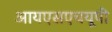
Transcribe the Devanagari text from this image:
आयएसएचयूपी